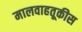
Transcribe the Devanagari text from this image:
मालवाहतूकीस